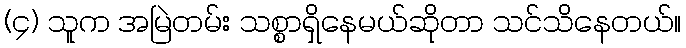
(၄) သူက အမြဲတမ်း သစ္စာရှိနေမယ်ဆိုတာ သင်သိနေတယ်။